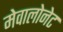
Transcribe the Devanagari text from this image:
मेवालोनेट